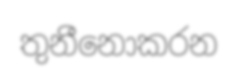
තුනීනොකරන